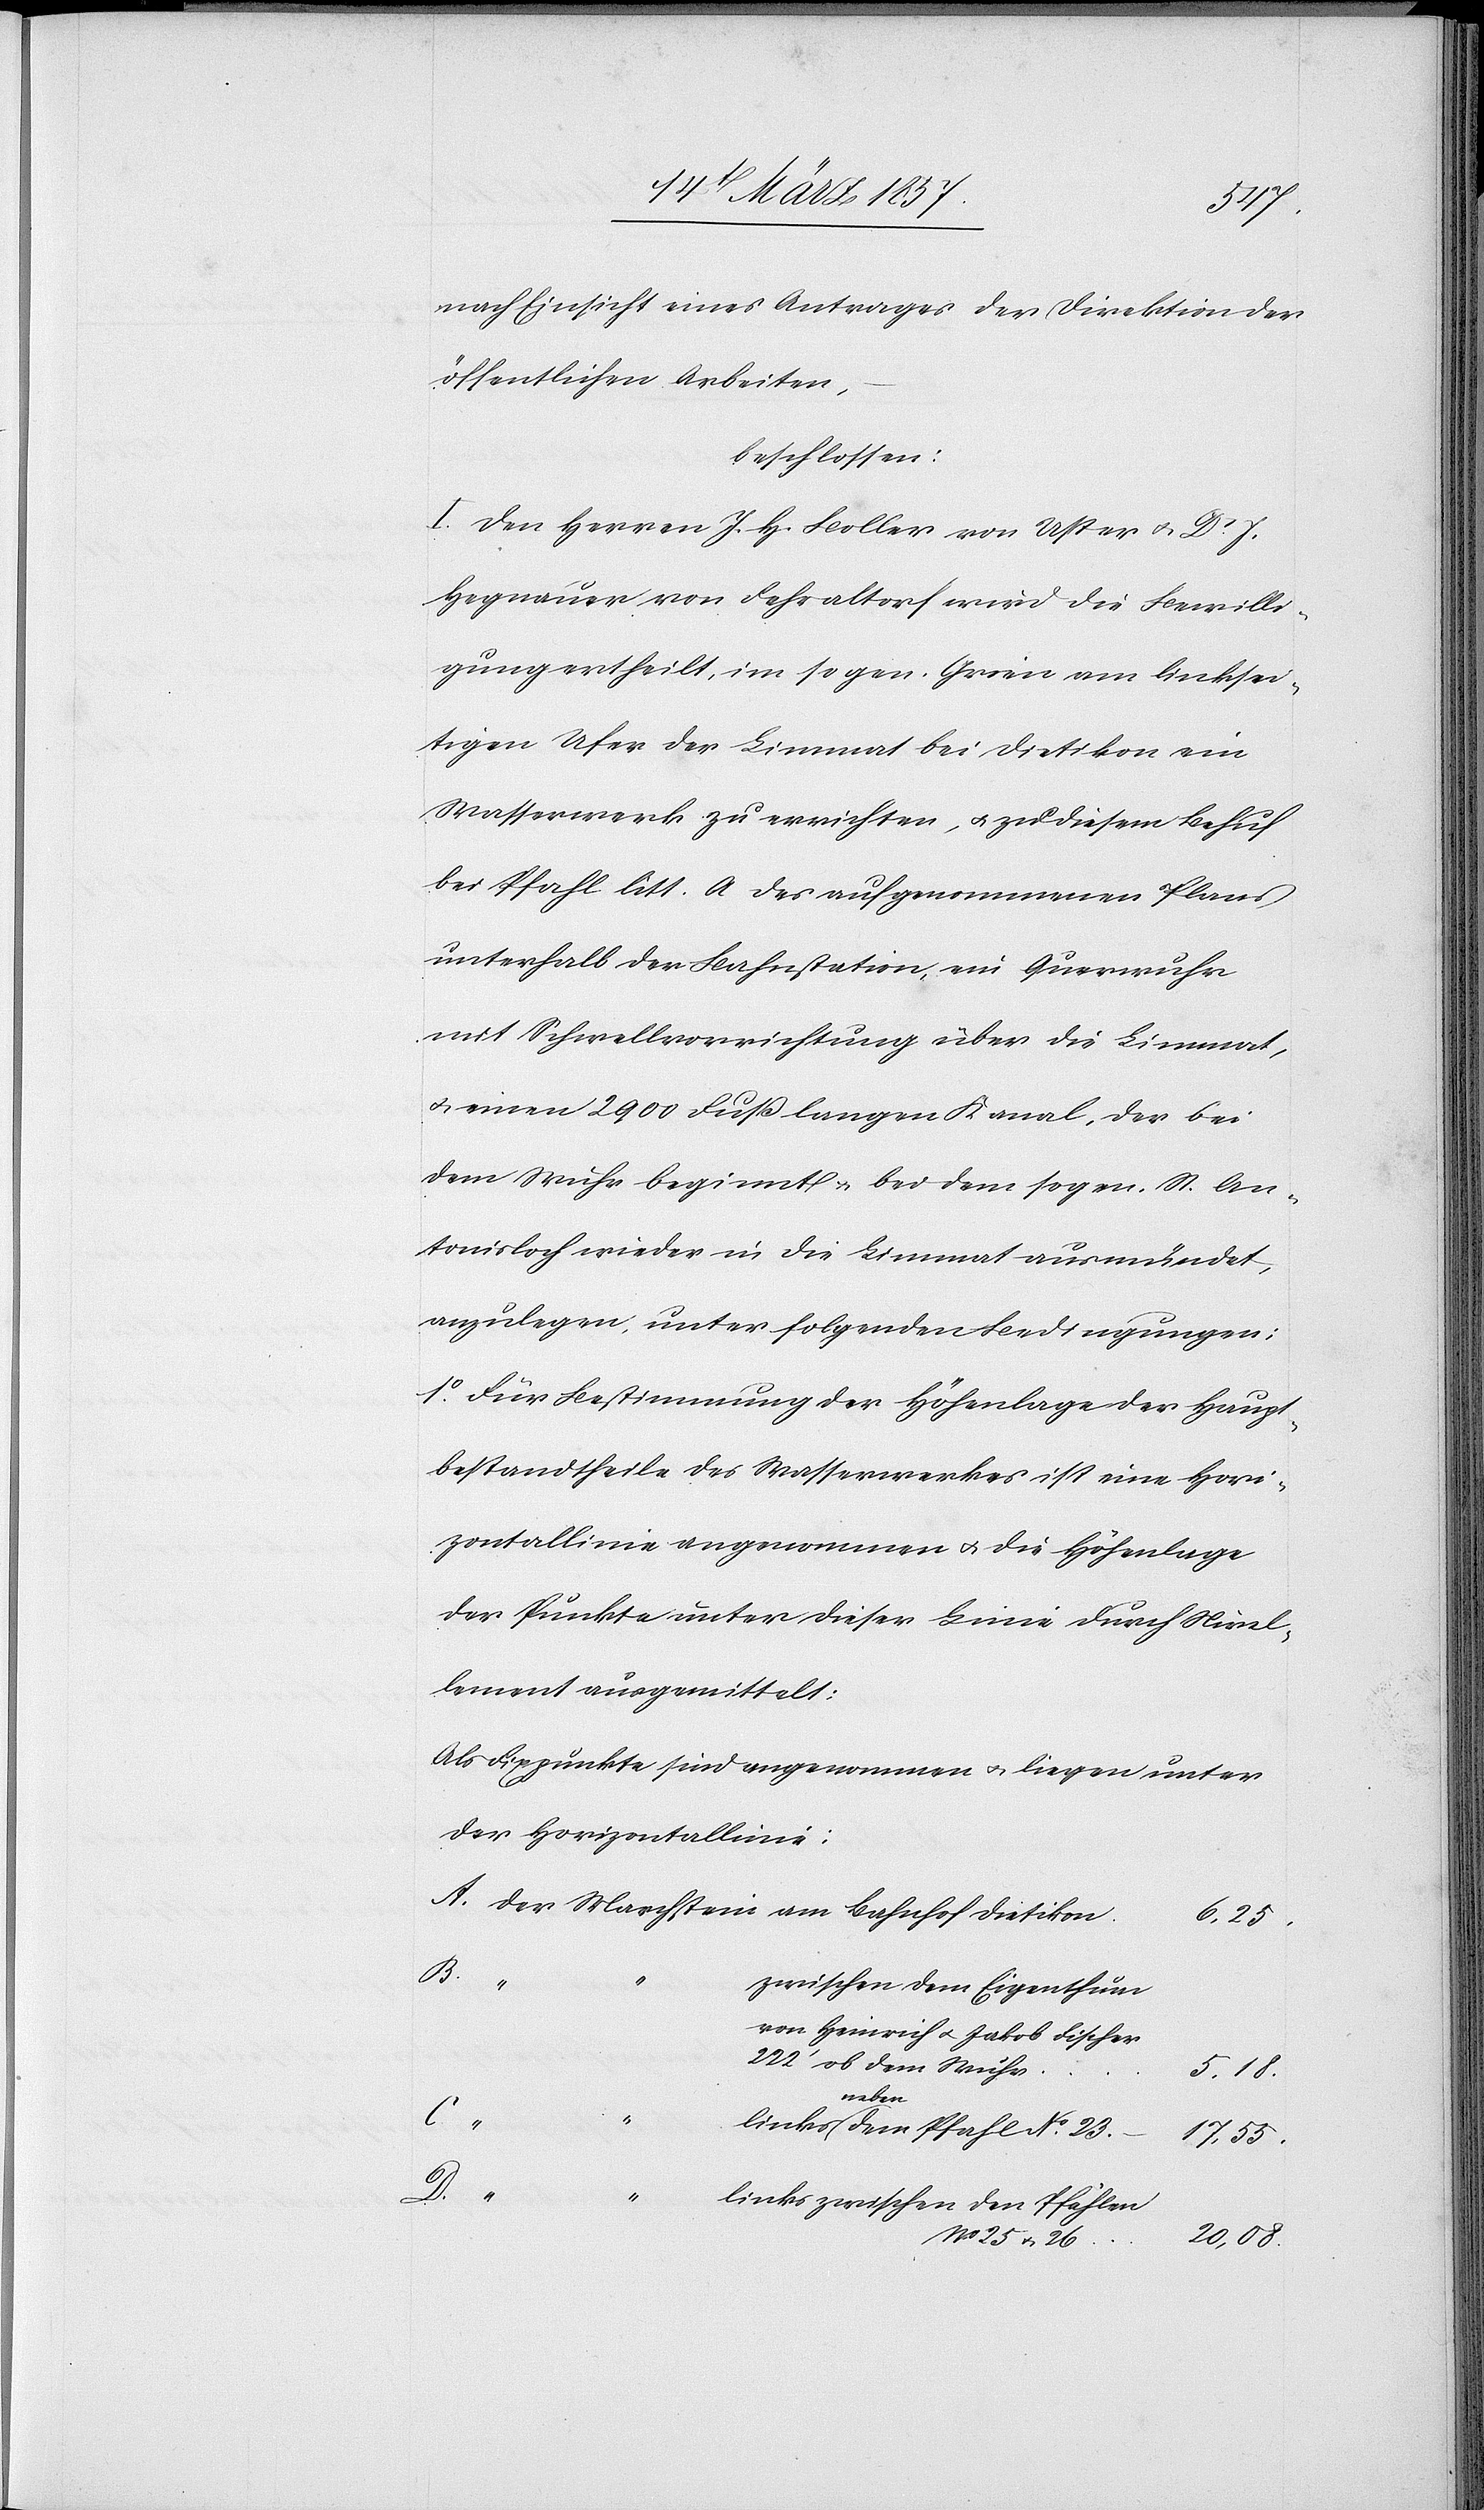
No
nach Einsicht eines Antrages der Direktion der
öffentlichen Arbeiten,
beschlossen:
I. Den Herren J. H. Boller von Uster u. Dr J.
Hegnauer von Fehraltorf wird die Bewilli¬
gung ertheilt, im sogen. Grien am linksei¬
tigen Ufer der Limmat bei Dietikon ein
Wasserwerk zu errichten, u. zu diesem Behuf
bei Pfahl litt. A des aufgenommenen Plans
unterhalb der Bahnstation, ein Querwuhr
mit Schwellvorrichtung über die Limmat,
u. einen 2900 Fuß langen Kanal, der bei
dem Wuhr beginnt u. bei dem sogen. St. An¬
tonisloch wieder in die Limmat ausmündet
anzulegen, unter folgenden Bedingungen;
1o Für Bestimmung der Höhenlage der Haupt¬
bestandtheile des Wasserwerkes ist eine Hori¬
zontallinie angenommen u. die Höhenlage
der Punkte unter dieser Linie durch Nivel¬
lement ausgemittelt:
Als Fixpunkte sind angenommen u. liegen unter
der Horizontallinie:
A. Der Marchstein am Bahnhof Dietiko¬
No 25
u.
zwischen dem Eigenthum
von Heinrich u. Jakob 				Fischer
neben
C.
D.
links zwischen den Pfählen
n						6,25.
222‘